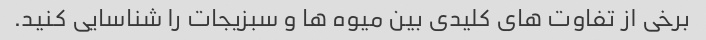
برخی از تفاوت های کلیدی بین میوه ها و سبزیجات را شناسایی کنید.